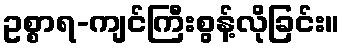
ဥစ္စာရ-ကျင်ကြီးစွန့်လိုခြင်း။